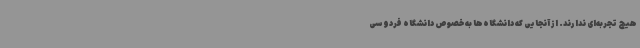
هیچ تجربه‌ای ندارند. از آنجایی که دانشگاه‌ها به خصوص دانشگاه فردوسی